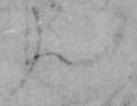
ん